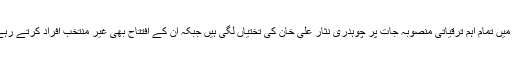
علاقہ میں تمام اہم ترقیاتی منصوبہ جات پر چوہدری نثار علی خان کی تختیاں لگی ہیں جبکہ ان کے افتتاح بھی غیر منتخب افراد کرتے رہے ہیں۔